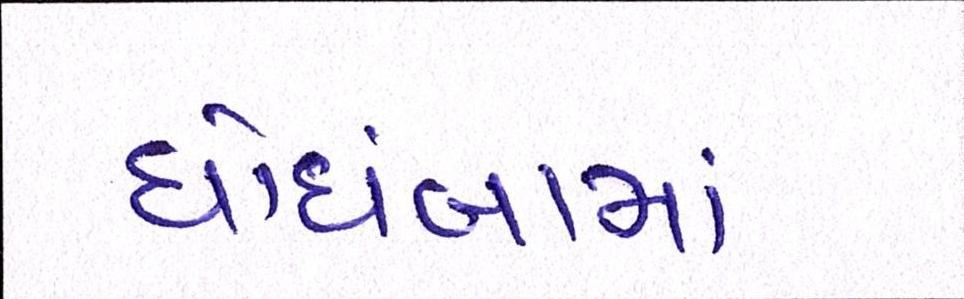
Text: ઘોઘંબામાં